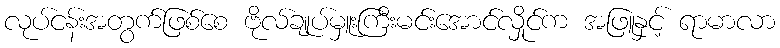
လုပ်ငန်းအတွက်ဖြစ်စေ ဗိုလ်ချုပ်မှူးကြီးမင်းအောင်လှိုင်က အဖြူနှင့် ရာမာလာ